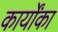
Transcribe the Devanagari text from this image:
कार्योंका